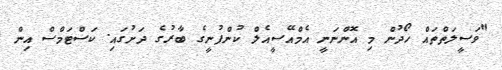
"ވަސީލަތްތައް ހޯދުން މި އޮންނަނީ އެމްއޭސީއެލް ކުންފުނީގެ ބާރުގެ ދަށުގައި. ކަސްޓަމްސް އިން